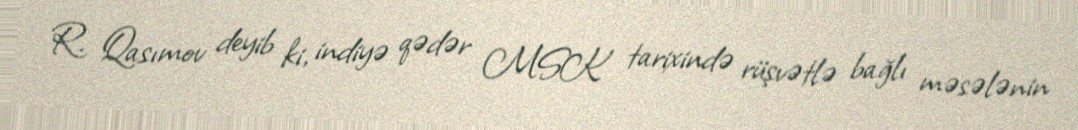
R. Qasımov deyib ki, indiyə qədər MSK tarixində rüşvətlə bağlı məsələnin